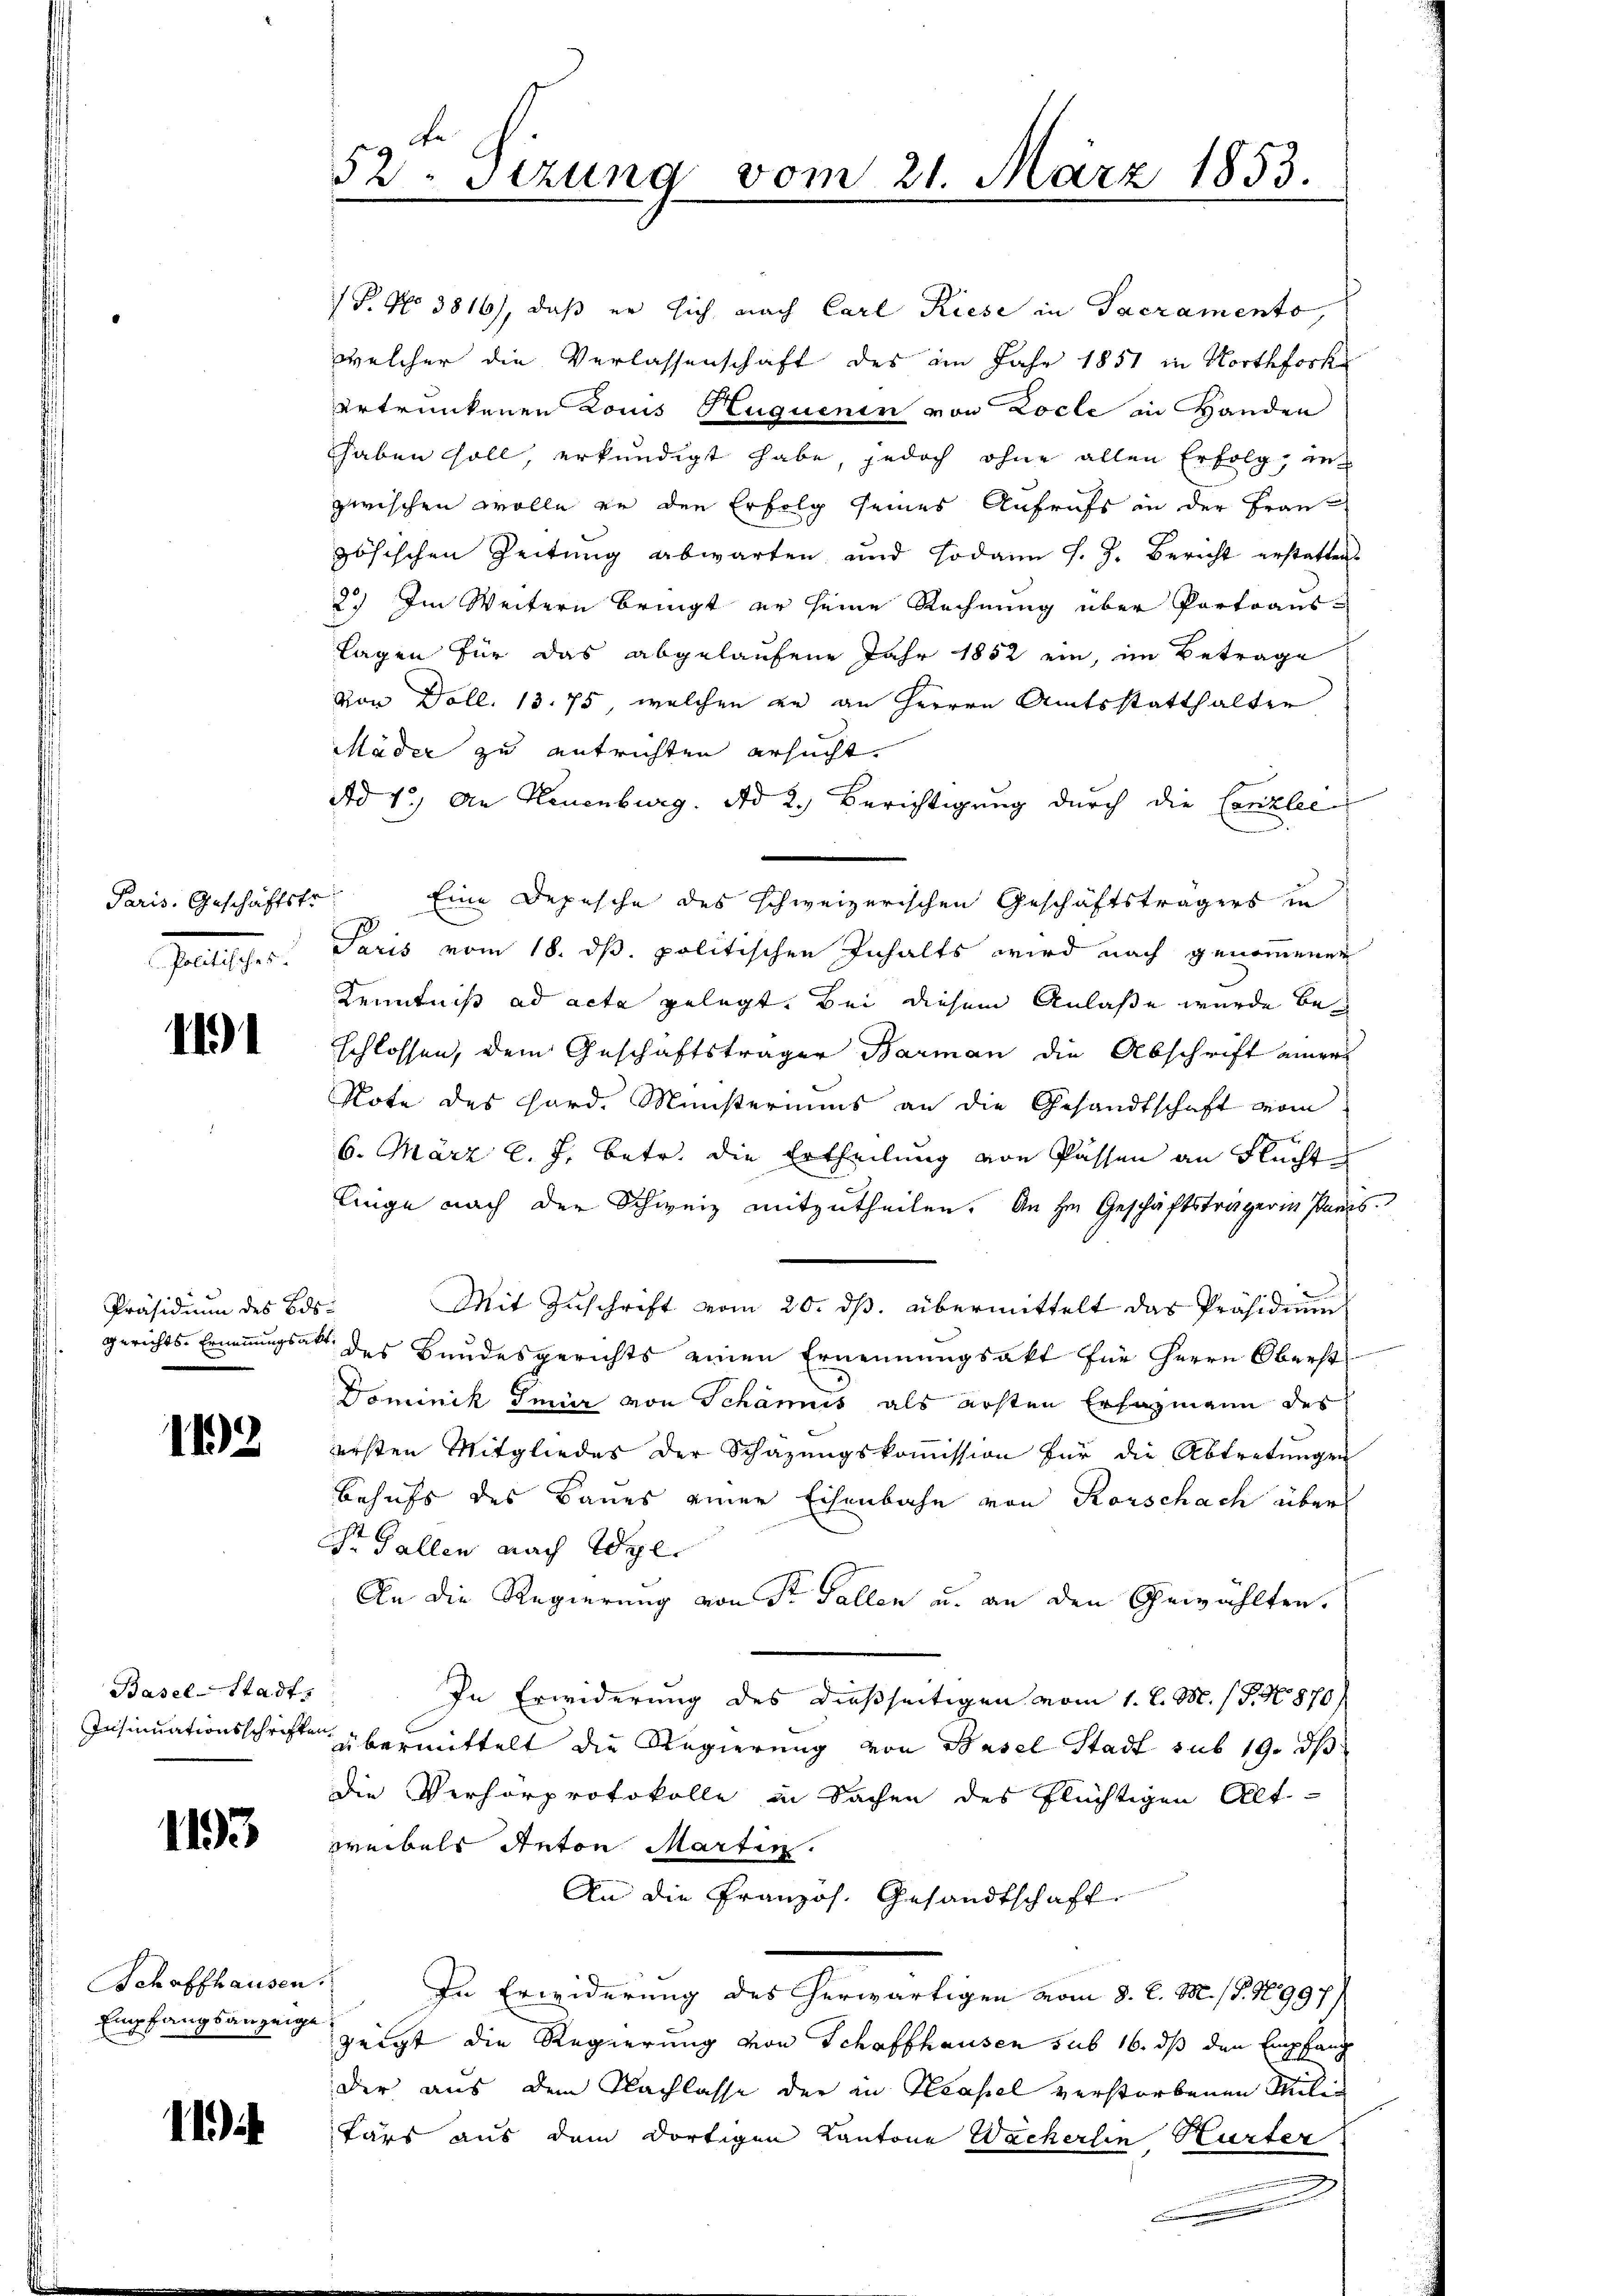
Paris. Geschäftstr
Politisches

111

Präsidium des Besgerichts-Ernennungsakt

112

Basel-Stadt.
Insinuationsschriften.

1193

Schaffhausen
Empfangsanzeige

11

52 Stzung vom 21. März 1853.

P. Nr. 3816), daß er sich nach Carl Riese in Sacramento,
welcher die Verlassenschaft des im Jahr 1851 in Horthforke
ertrunkenen Louis Stuquenin von Locle in Handen
hhaben soll, erkundigt habe, jedoch ohne allen Erfolg, in
zwischen wolle er den Erfolg seines Aufrufs in der Frau-
zösischen Zeitung abwarten und sodann J. J. Bericht erstatten.
2.) Im Weitern bringt er seine Rechnung über Portoaus-
lagen für das abgelaufene Jahr 1852 ein, im Betrage
Von Doll. 13. 75, welchen er an Herren Amtsstatthalter
Mäder zu entrichten ersucht.
Ad 1.) An Neuenburg. Ad 2.) Berichtigung durch die Canzlee
Eine Depesche des schweizerischen Geschäftsträgers in
Paris vom 18. dß. politischen Inhalts wird nach genommenen
Kenntniß ad acta gelegt. Bei diesem Anlaße wurde beschlossen, dem Geschäftsträger Barman die Abschrift einer
Rote des Hard. Ministeriums an die Gesandtschaft vom
6. März l. J. betr. die Ertheilung von Passen an Flucht
linge nach der Schweiz mitzutheilen. An Hrn. Geschäftsträgerin Paris
Mit Zuschrift vom 20. ds. übermittelt das Präsidium
des Bundesgerichts einen Ernennungsakt für Herrn Oberst
Dominik Gmür von Schanis als ersten Erfazmann des
ersten Mitgliedes der Schazungskoṁission für die Abtretŭngen
Behufs des Baues einer Eisenbahn von Rorschach über
Fr Fallen nach Wyl
An die Regierung von Sr. Fallen u. an den Gewählten.
In Erwiderung des dießseitigen vom 1. d. M. (T. N. 870
übermittelt die Regierung von Basel Stadt sub 19. ds
die Verhörprotokolle in Sachen des Flüchtigen Alt-
wreibels Anton Martin.
An die Französ. Gesandtschaft
 In Erwiderung des herwärtigen vom 8. d. M. (§. 18997/
zeigt die Regierung von Schaffhausen sub 16. ds den Empfang
der aus dem Nachlasse der in Neapel verstorbenen Milie
tärs aus dem dortigen Kantone Wackerlin Hurter